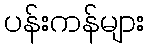
ပန်းကန်များ